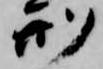
刑